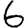
Digit: 6